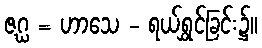
ဇဂ္ဃ = ဟာသေ - ရယ်ရွှင်ခြင်း၌။